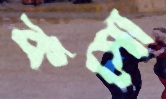
কসো